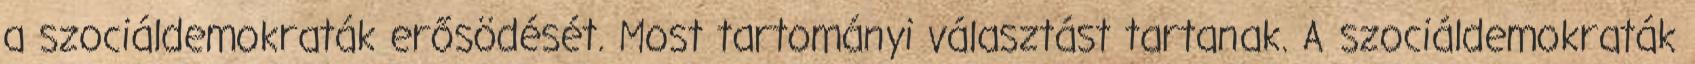
a szociáldemokraták erősödését. Most tartományi választást tartanak. A szociáldemokraták